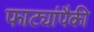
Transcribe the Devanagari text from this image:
फाट्यांपैकी